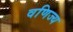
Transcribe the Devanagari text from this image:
वणिज्य